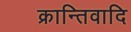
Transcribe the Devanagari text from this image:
क्रान्तिवादि